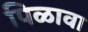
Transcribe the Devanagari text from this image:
पिळावा